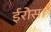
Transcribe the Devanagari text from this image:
ईरोस।